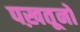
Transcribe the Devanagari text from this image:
पख़तूनों